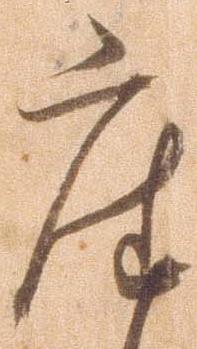
座